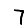
Digit: 7